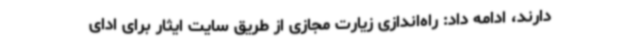
دارند، ادامه داد: راه‌اندازی زیارت مجازی از طریق سایت ایثار برای ادای